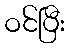
ဝင်ပြီး